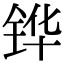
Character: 铧